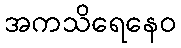
အကသိရေနေဝ